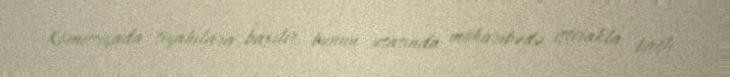
Komissiyada siyahılara baxılır, bunun əsasında müharibədə iştirakla bağlı